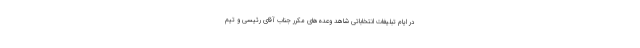
در ایام تبلیغات انتخاباتی شاهد وعده‌های مکرر جناب آقای رئیسی و تیم